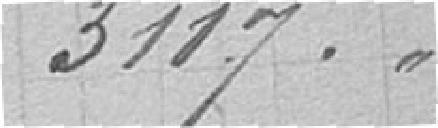
3117